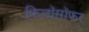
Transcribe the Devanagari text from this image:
फिलॉसॉफर